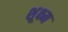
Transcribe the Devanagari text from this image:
शूक्ष्म